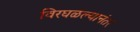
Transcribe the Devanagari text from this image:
विरघळल्यानंतर